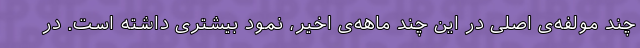
چند مولفه‌ی اصلی در این چند ماهه‌ی اخیر، نمود بیشتری داشته است. در